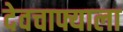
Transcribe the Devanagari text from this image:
देवचाफ्याला